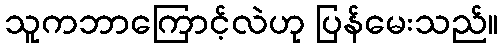
သူကဘာကြောင့်လဲဟု ပြန်မေးသည်။